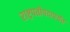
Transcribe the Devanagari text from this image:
राष्ट्रपतीपदापर्यंत